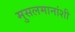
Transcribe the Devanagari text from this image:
मुसलमानांशी